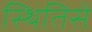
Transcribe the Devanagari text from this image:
स्थितिसे